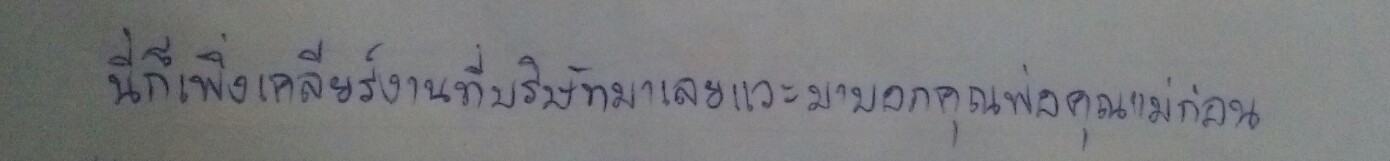
นี่ก็เพิ่งเคลียร์งานที่บริษัทมาเลยแวะมาบอกคุณพ่อคุณแม่ก่อน